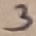
Text: 3